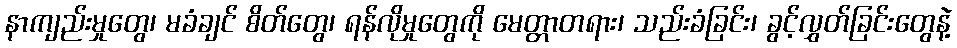
နာကျည်းမှုတွေ၊ မခံချင် စိတ်တွေ၊ ရန်လိုမှုတွေကို မေတ္တာတရား၊ သည်းခံခြင်း၊ ခွင့်လွှတ်ခြင်းတွေနဲ့